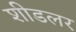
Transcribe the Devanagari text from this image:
शीडलर